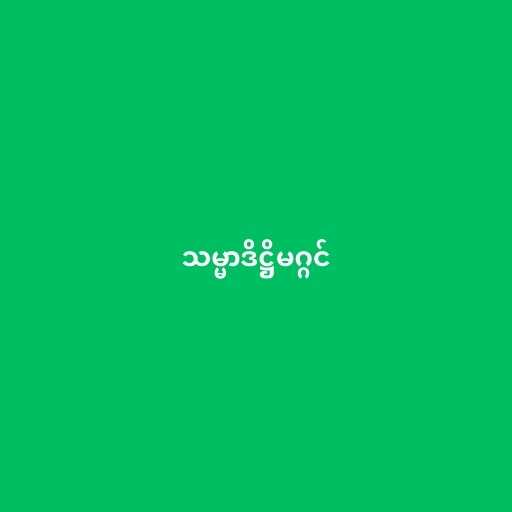
သမ္မာဒိဋ္ဌိမဂ္ဂင်